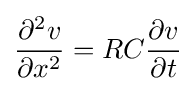
{\frac {\partial ^{2}v}{\partial x^{2}}}=RC{\frac {\partial v}{\partial t}}